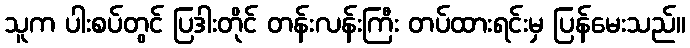
သူက ပါးစပ်တွင် ပြဒါးတိုင် တန်းလန်းကြီး တပ်ထားရင်းမှ ပြန်မေးသည်။